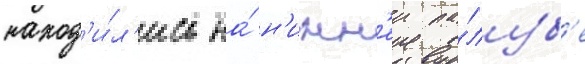
наход'и́л'ись на́ н'ижн'еи па́луб'е